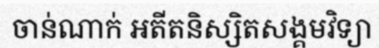
ចាន់ណាក់ អតីតនិស្សិតសង្គមវិទ្យា